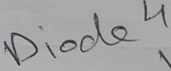
Text: Diode4